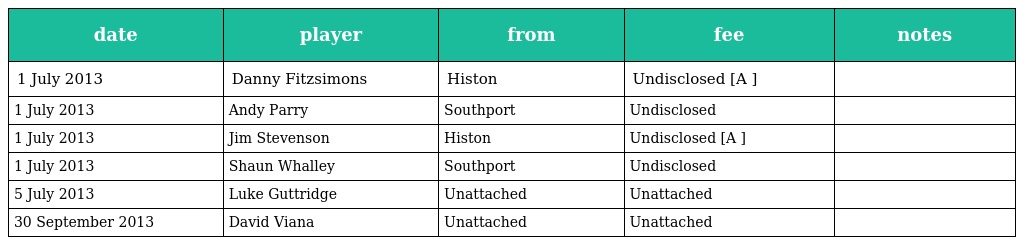
| date | player | from | fee | notes |
 | --- | --- | --- | --- | --- |
 | 1 July 2013 | Danny Fitzsimons | Histon | Undisclosed [A ] |  |
 | 1 July 2013 | Andy Parry | Southport | Undisclosed |  |
 | 1 July 2013 | Jim Stevenson | Histon | Undisclosed [A ] |  |
 | 1 July 2013 | Shaun Whalley | Southport | Undisclosed |  |
 | 5 July 2013 | Luke Guttridge | Unattached | Unattached |  |
 | 30 September 2013 | David Viana | Unattached | Unattached |  |